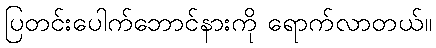
ပြတင်းပေါက်ဘောင်နားကို ရောက်လာတယ်။